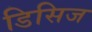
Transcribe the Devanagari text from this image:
डिसिज